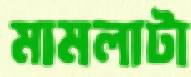
মামলাটা